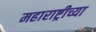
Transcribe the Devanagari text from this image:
महाराष्ट्रीच्या